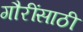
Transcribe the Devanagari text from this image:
गौरींसाठी